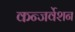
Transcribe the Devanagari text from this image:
कन्जर्वेशन